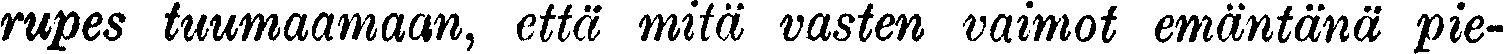
rupes tuumaamaan, että mitä vasten vaimot emäntänä pie-